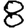
Digit: 8